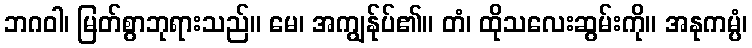
ဘဂဝါ၊ မြတ်စွာဘုရားသည်။ မေ၊ အကျွန်ုပ်၏။ တံ၊ ထိုသလေးဆွမ်းကို။ အနုကမ္ပံ၊